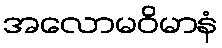
အလောမဝိမာနံ